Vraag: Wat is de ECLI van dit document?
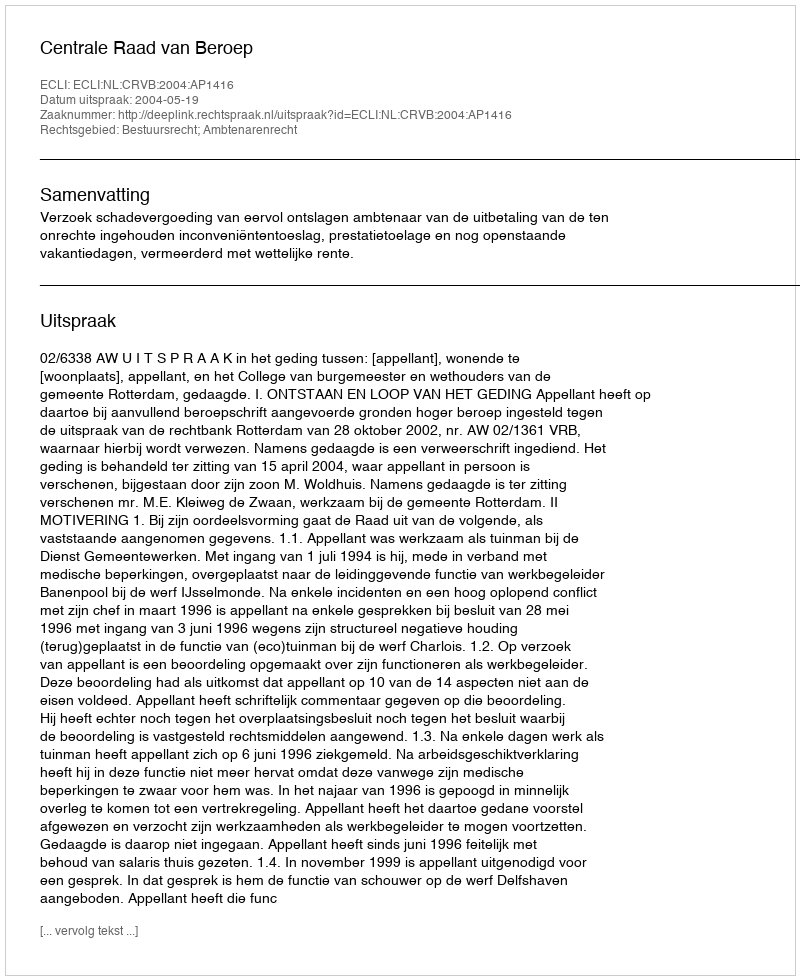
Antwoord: ECLI:NL:CRVB:2004:AP1416